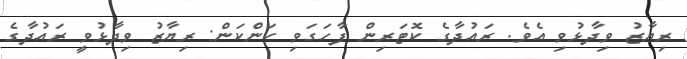
ރިޔާޒު ވިދާޅުވި އެވެ. ރައުދާގެ ކޮޓަރިން ފާހަގަވި ކަންކަން: ރިޔާޒު ވިދާޅުވީ ރައުދާގެ